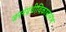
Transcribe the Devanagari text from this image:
जननग्रंथीविकासारंभ